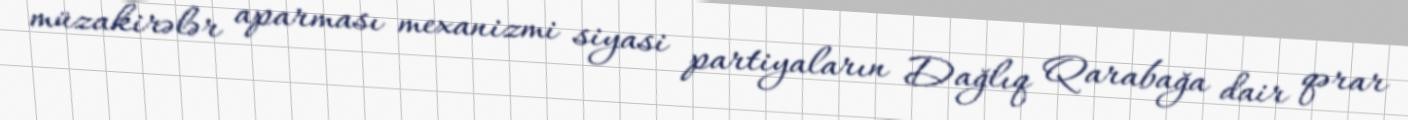
müzakirələr aparması mexanizmi siyasi partiyaların Dağlıq Qarabağa dair qərar